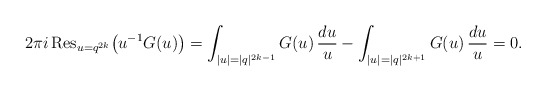
\begin{align*}2\pi i\,{\rm Res}_{u=q^{2k}} \big(u^{-1} G(u)\big)=\int_{|u|=|q|^{2k-1}} G(u)\,\frac{du}u-\int_{|u|=|q|^{2k+1}} G(u)\,\frac{du}u=0.\end{align*}